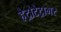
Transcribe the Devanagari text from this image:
हेट्रोटेट्रामर